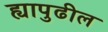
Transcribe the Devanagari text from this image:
ह्यापुढील